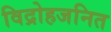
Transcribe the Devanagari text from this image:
विद्रोहजनित